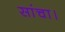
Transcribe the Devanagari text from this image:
सांचा।